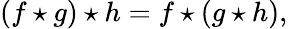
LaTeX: (f\star g)\star h=f\star(g\star h),